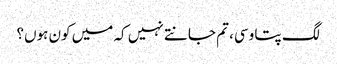
لگ پتا وسی، تم جانتے نہیں کہ میں کون ہوں؟